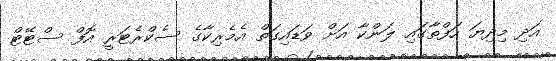
އަދި މިދިޔަ ހަފްތާގައި ލަންކާ އަށް ވަޑައިގަތް އެމެރިކާގެ ސެކްރެޓަރީ އޮފް ސްޓޭޓް